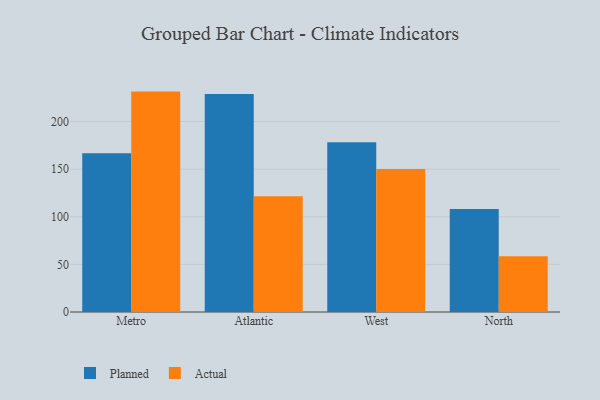
{"axis": {"x": "Region", "y": "Shipments"}, "legend": ["Actual", "Planned"], "data": [{"x": "Metro", "y": 166.8, "type": "Planned"}, {"x": "Metro", "y": 231.4, "type": "Actual"}, {"x": "Atlantic", "y": 228.9, "type": "Planned"}, {"x": "Atlantic", "y": 121.5, "type": "Actual"}, {"x": "West", "y": 178.3, "type": "Planned"}, {"x": "West", "y": 150.2, "type": "Actual"}, {"x": "North", "y": 108.2, "type": "Planned"}, {"x": "North", "y": 58.6, "type": "Actual"}]}